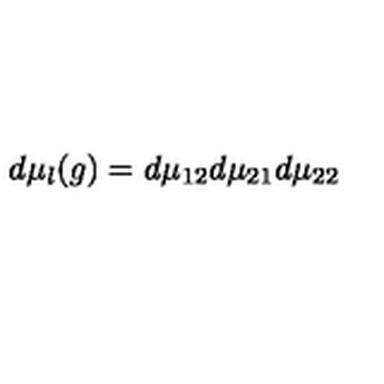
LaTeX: d \mu _ { l } ( g ) = d \mu _ { 1 2 } d \mu _ { 2 1 } d \mu _ { 2 2 }